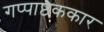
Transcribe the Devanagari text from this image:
गप्पाष्टककार